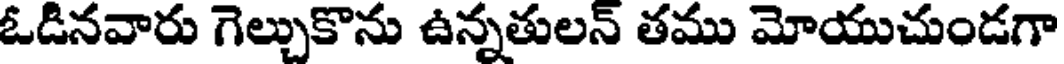
ఓడినవారు గెల్చుకొను ఉన్నతులన్ తము మోయుచుండగా